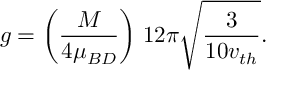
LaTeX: g = \biggl ( \frac { M } { 4 \mu _ { B D } } \biggr ) \; 1 2 \pi \sqrt { \frac { 3 } { 1 0 v _ { t h } } } .